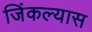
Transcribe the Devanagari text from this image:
जिंकल्यास